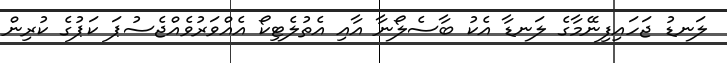
ލަނޑު ޖަހައިފިނޭމާގެ ލަނޑާ އެކު ބާސެލޯނާ އާއި އެތުލެޓިކޯ އެއްވަރުވެއްޖެސުޕަ ކަޕުގެ ކުރިން